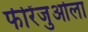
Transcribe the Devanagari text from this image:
फीरेंजुओला